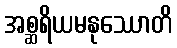
အစ္ဆရိယမနုဿောတိ